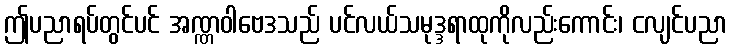
ဤပညာရပ်တွင်ပင် အဏ္ဏဝါဗေဒသည် ပင်လယ်သမုဒ္ဒရာထုကိုလည်းကောင်း၊ ငလျင်ပညာ